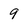
Character: 9